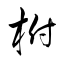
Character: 柎